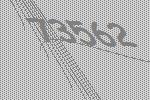
73562